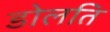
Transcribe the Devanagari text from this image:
डोलति